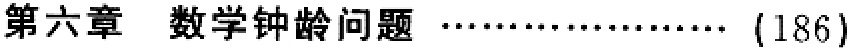
第六章 数学钟龄问题 \(\cdots\cdots\cdots\cdots\cdots\cdots\cdots\) (186)